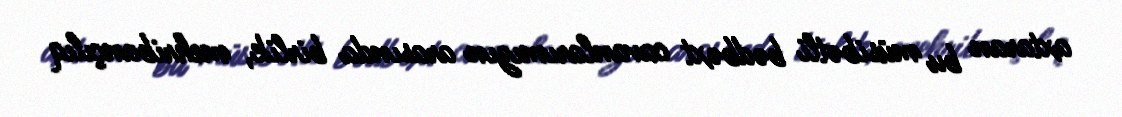
axtaran bu müsibətli bədbəxt cavanlarımızın arasında birlik, mehribançılıq